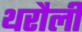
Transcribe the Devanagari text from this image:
थरौली